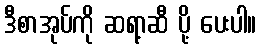
ဒီစာအုပ်ကို ဆရာ့ဆီ ပို့ ပေးပါ။